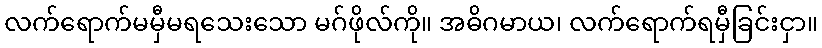
လက်ရောက်မမှီမရသေးသော မဂ်ဖိုလ်ကို။ အဓိဂမာယ၊ လက်ရောက်ရမှီခြင်းငှာ။